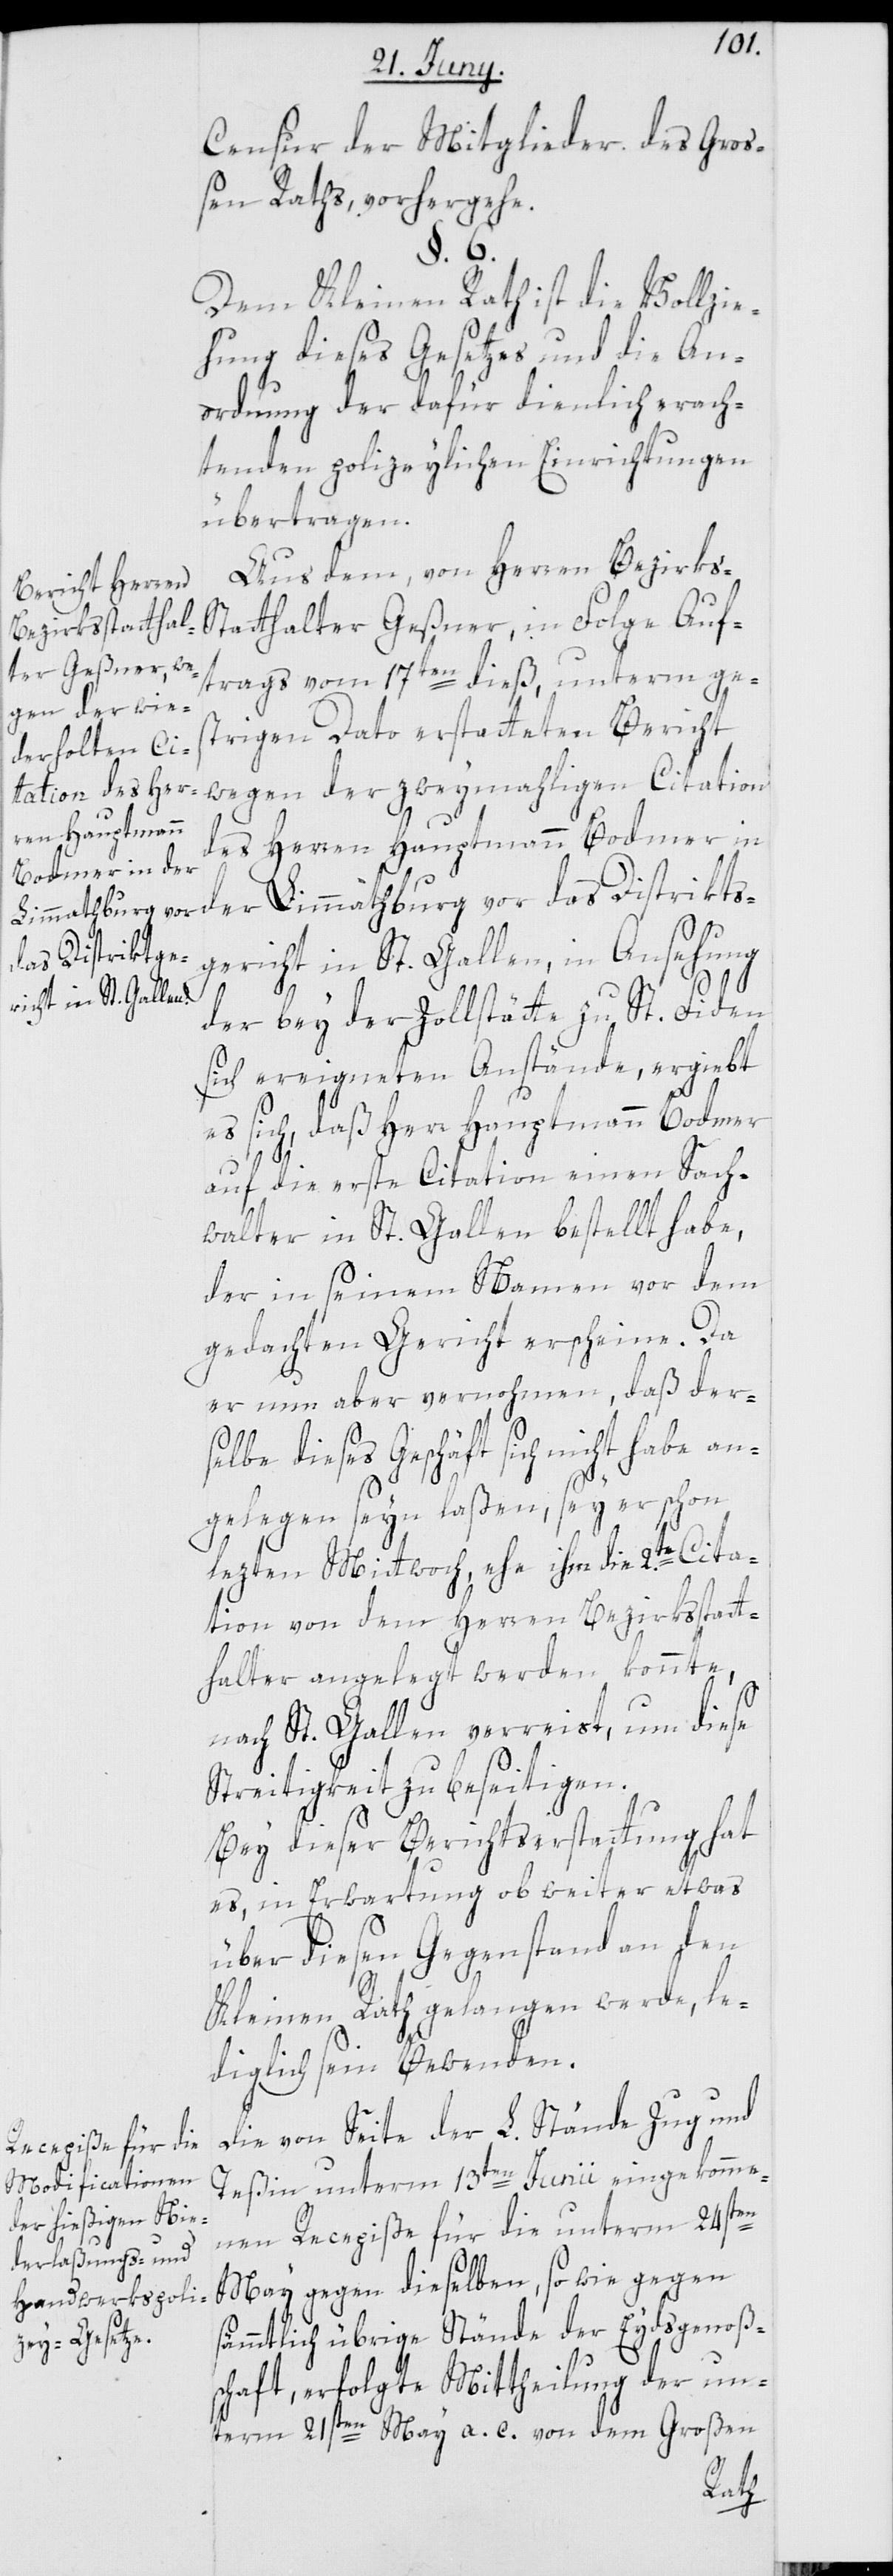
Censur der Mitglieder des Gro¬
ßen Raths, vorhergehe.
§. 6.
Dem Kleinen Rath ist die Vollzie¬
hung dieses Gesetzes und die An¬
ordnung der dafür dienlich erach¬
tenden polizeylichen Einrichtungen
übertragen.
Aus dem, von Herren Bezirks-S¬
tatthalter Geßner, in Folge Auf¬
trags vom 17ten dieß, unterm ge¬
strigen Dato erstatteten Bericht
wegen der zweymahligen Citation
des Herren Hauptmann Bodmer in
der Limmathburg, vor das Distrikts¬
gericht in St. Gallen, in Ansehung
der bey der Zollstätte zu St. Fiden
sich ereigneten Anstände, ergibt
es sich, daß Herr Hauptmann Bodmer
auf die erste Citation einen Sach¬
walter in St. Gallen bestellt habe,
der in seinem Namen vor dem
gedachten Gericht erscheine. Da
er nun aber vernommen, daß der¬
selbe dieses Geschäft sich nicht habe an¬
gelegen seyn laßen, sey er schon
lezten Mittwoch, ehe ihm die 2.te Cita¬
tion von dem Herren Bezirksstatt¬
halter angelegt werden konnte,
nach St. Gallen verreist, um diese
Streitigkeit zu beseitigen.
Bey dieser Berichtserstattung hat
es, in Erwartung ob weiter etwas
über diesen Gegenstand an den
Kleinen Rath gelangen werde, le¬
diglich sein Bewenden.
Die von Seite der L. Stände Zug und
Teßin unterm 13ten Junii eingekomme¬
nen Recepiße für die unterm 24sten
May gegen dieselben, sowie gegen
sämmtlich übrige Stände der Eydsgenoß¬
schaft, erfolgte Mittheilung der un¬
term 21sten May a. c. von dem Großen